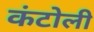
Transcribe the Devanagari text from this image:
कंटोली